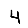
Digit: 4